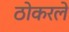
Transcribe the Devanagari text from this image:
ठोकरले